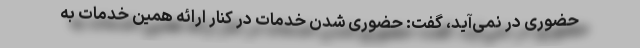
حضوری در نمی‌آید، گفت: حضوری شدن خدمات در کنار ارائه همین خدمات به